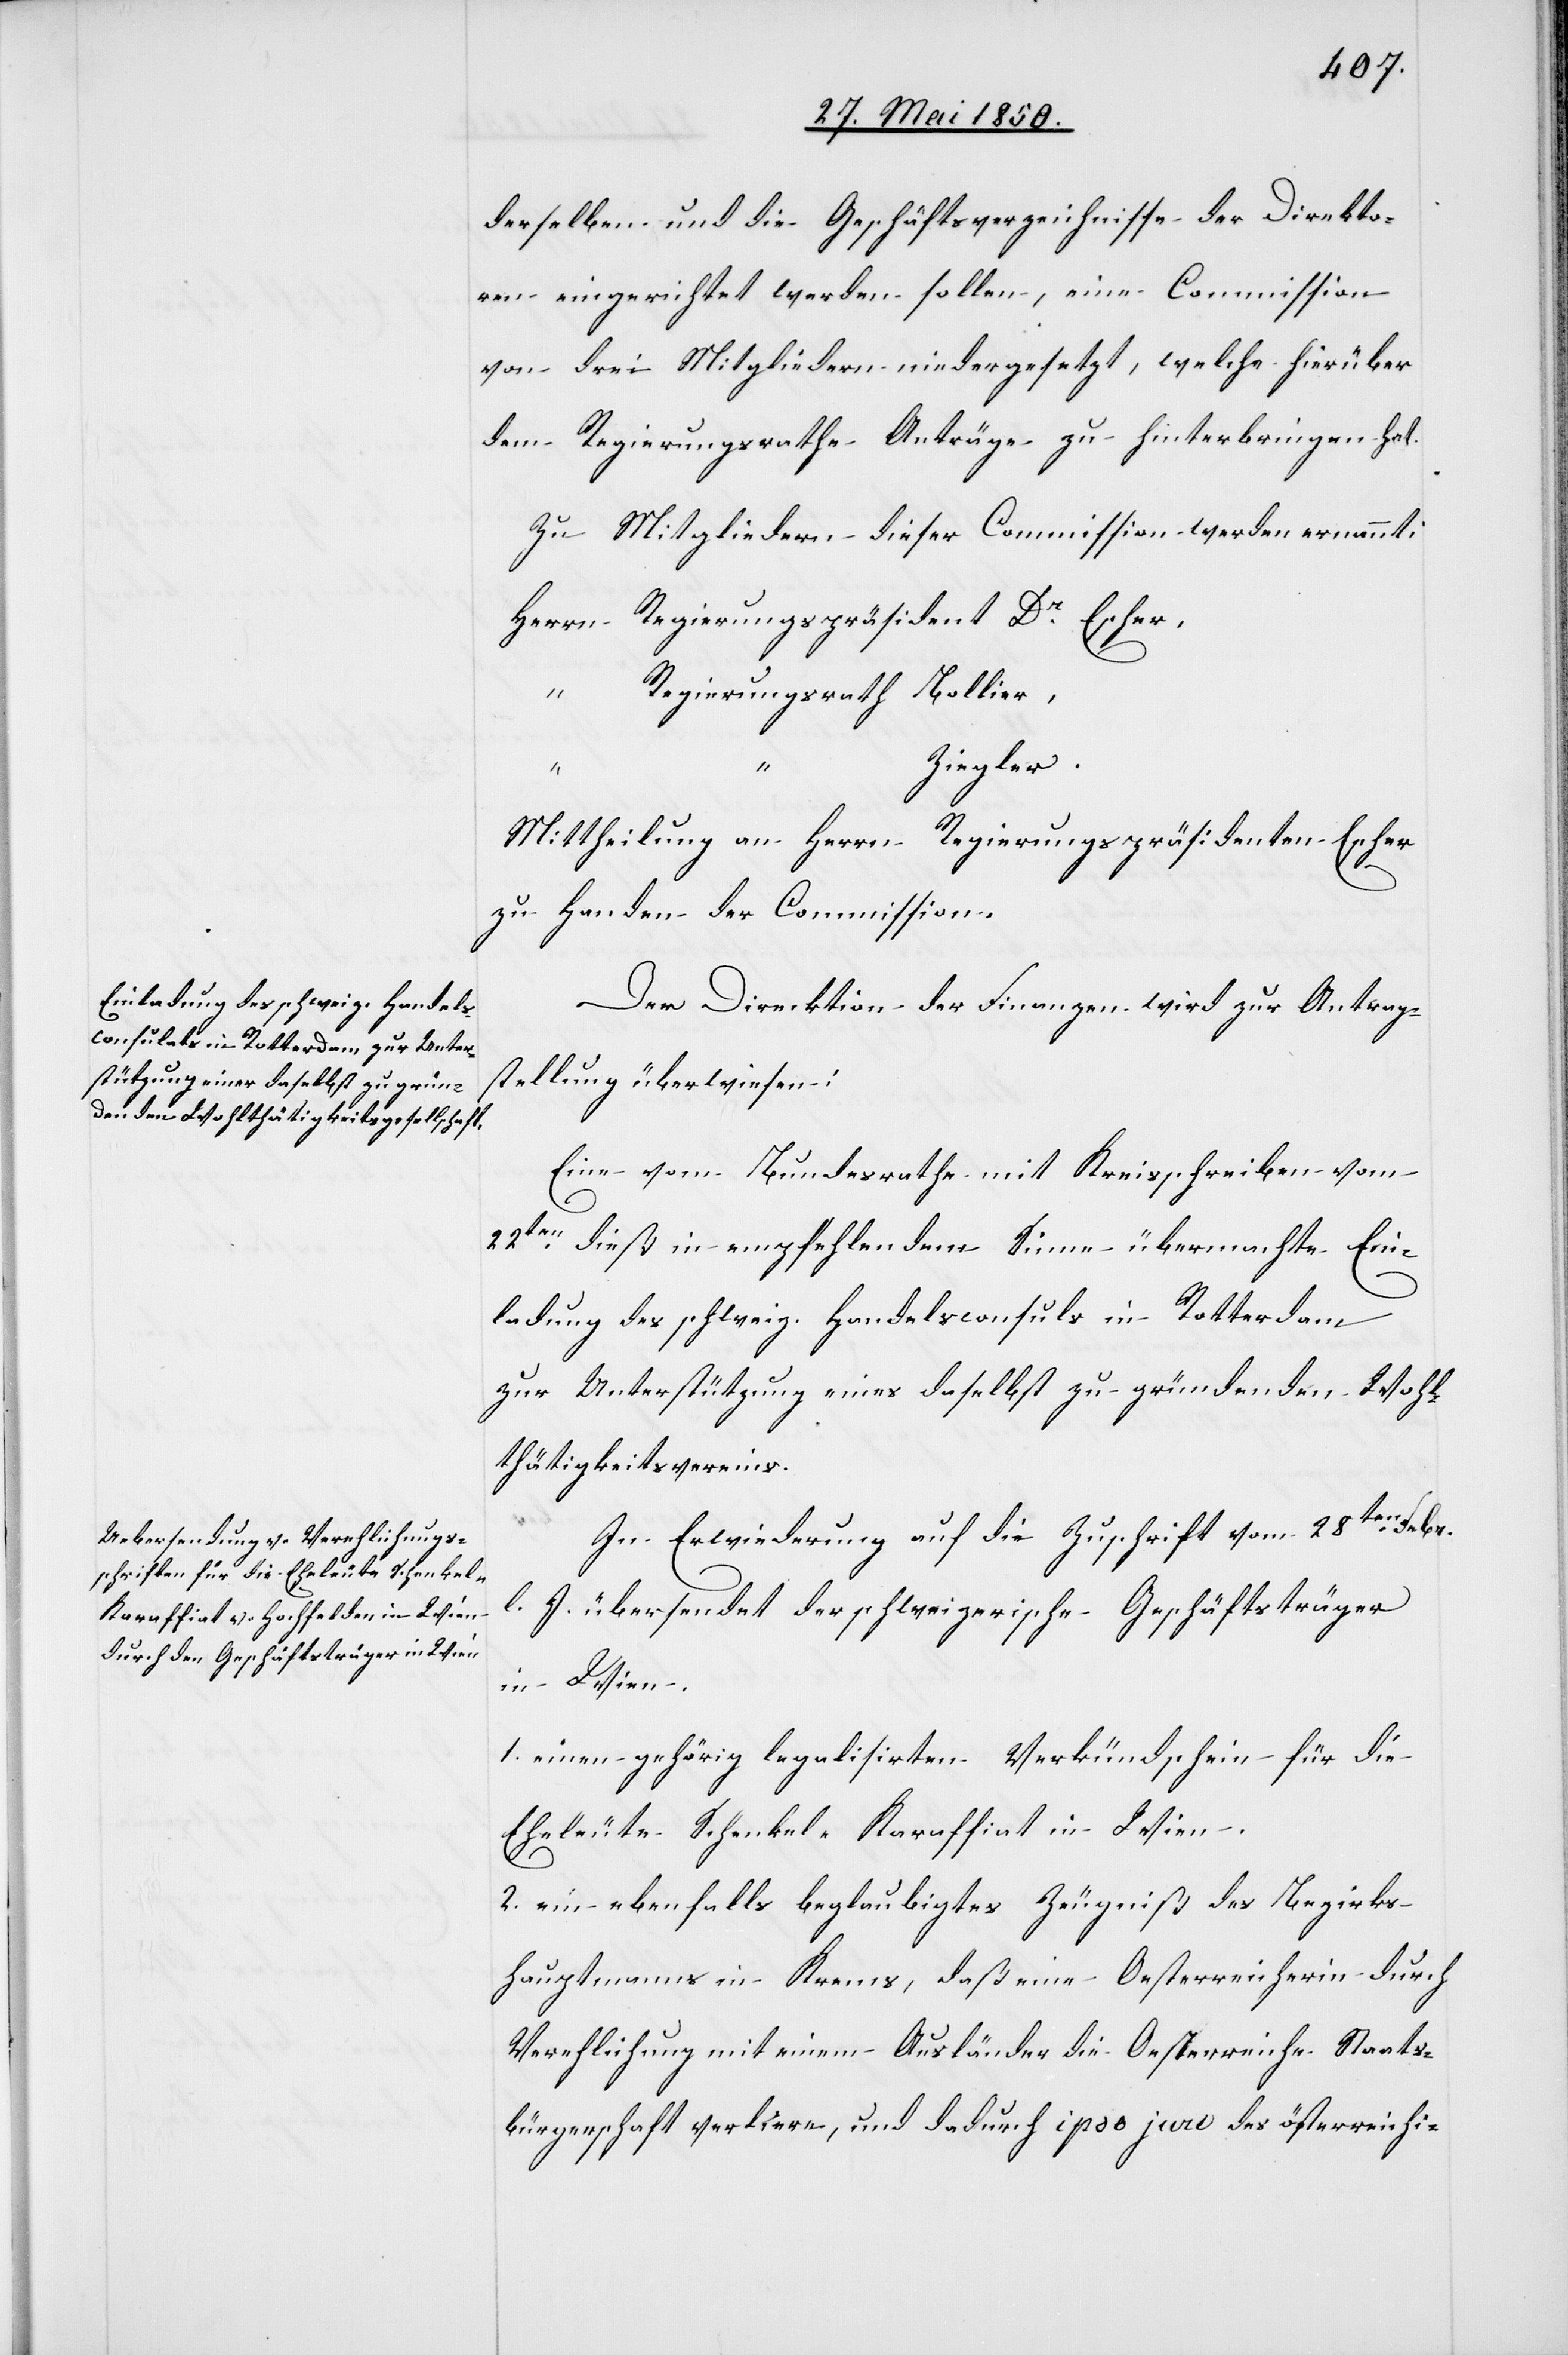
derselben und die Geschäftsverzeichnisse der Direkto¬
ren eingerichtet werden sollen, eine Commission
von drei Mitgliedern niedergesetzt, welche hierüber
dem Regierungsrathe Anträge zu hinterbringen hat.
Zu Mitgliedern dieser Commission werden ernannt:
Herrn Regierungspräsident Dr Escher,
Regierungsrath Bollier,
Ziegler.
“
Mittheilung an Herrn Regierungpräsidenten Escher
zu Handen der Commission.
Der Direktion der Finanzen wird zur Antrag¬
stellung überwiesen:
Eine vom Bundesrathe mit Kreisschreiben vom
22ten dieß in empfehlendem Sinne übermachte Ein¬
ladung des schweiz. Handelsconsuls in Rotterdam
zur Unterstützung eines daselbst zu gründenden Wohl¬
thätigkeitsvereins.
In Erwiederung auf die Zuschrift vom 28ten Febr.
l. J. übersendet der schweizerische Geschäftsträger
in Wien.
1. einen gehörig legalisirten Verkündschein für die
Eheleute Schenkel-Karaffiat in Wien.
2. ein ebenfalls beglaubigtes Zeugniß des Bezirks¬
hauptmanns in Krems, daß eine Oesterreicherin durch
Verehlichung mit einem Ausländer die Oesterreiche[r] Staats¬
bürgerschaft verliere, und dadurch ipso jure des österreichi-